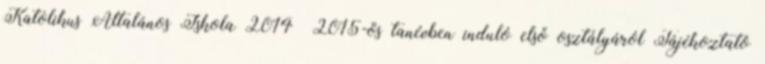
Katolikus Általános Iskola 2014 2015-ös tanévben induló első osztályáról Tájékoztató